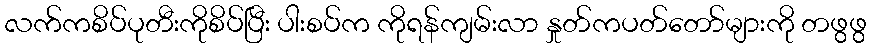
လက်ကစိပ်ပုတီးကိုစိပ်ပြီး ပါးစပ်က ကိုရန်ကျမ်းလာ နှုတ်ကပတ်တော်များကို တဖွဖွ